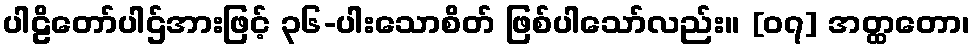
ပါဠိတော်ပါဌ်အားဖြင့် ၃၆-ပါးသောစိတ် ဖြစ်ပါသော်လည်း။ [၀၇] အတ္ထတော၊